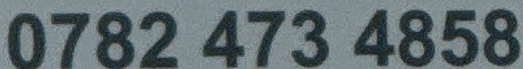
0782 473 4858